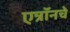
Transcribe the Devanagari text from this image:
एन्रॉनचे